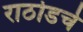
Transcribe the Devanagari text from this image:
राठोडचे